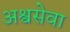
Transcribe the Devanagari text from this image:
अश्वसेवा